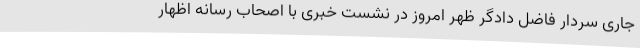
جاری سردار فاضل دادگر ظهر امروز در نشست خبری با اصحاب رسانه اظهار